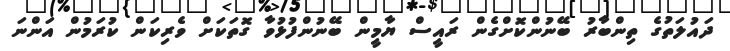
ދައުލަތުގެ ތިންބާރު ބޭނުންކޮށްގެން ރައީސް ޔާމީން ބޭނުންފުޅުވާ ގޮތަކަށް ވެރިކަން ކުރަމުން އަންނަ